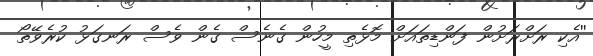
''އެކި ރަށްރަށުން ފަންޑިތައަށް މޮޅެތި މީހުން ގެނެސް ގެން ވެސް ރަނގަޅު ކުރެވޭތޯ